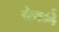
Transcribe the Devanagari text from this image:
रंगाईं